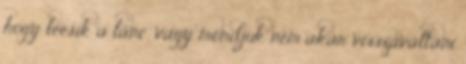
hogy leesik a lánc, vagy mondjuk nem akar visszaváltani